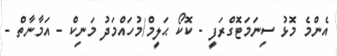
އެންމެ މޮޅު ސިނަމަޓޮގްރަފީ - ކޮކޯ ޙަލީމް/މުހައްމަދު މަނިކް - އަމާނާތް -